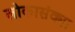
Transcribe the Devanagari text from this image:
लोकासंक्या